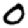
Digit: 0